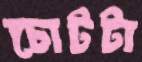
চোটটা